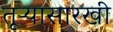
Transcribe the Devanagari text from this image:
तूऱ्यासारखी